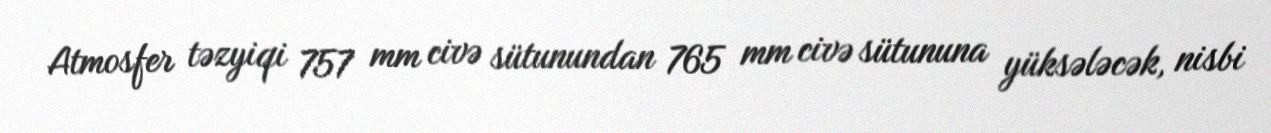
Atmosfer təzyiqi 757 mm civə sütunundan 765 mm civə sütununa yüksələcək, nisbi